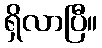
ရှိလာပြီ။